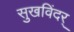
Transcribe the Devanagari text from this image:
सुखविंदर्